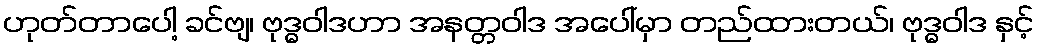
ဟုတ်တာပေါ့ ခင်ဗျ၊ ဗုဒ္ဓဝါဒဟာ အနတ္တဝါဒ အပေါ်မှာ တည်ထားတယ်၊ ဗုဒ္ဓဝါဒ နှင့်